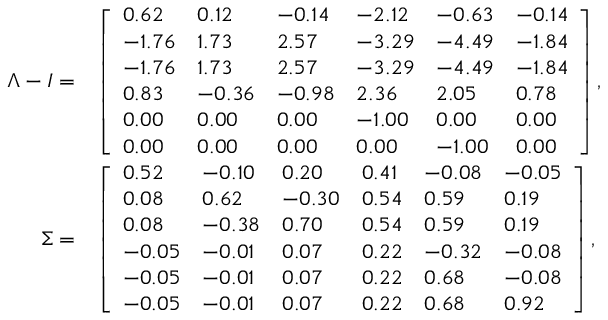
\begin{array} { r l } { \Lambda - I = } & { \left[ \begin{array} { l l l l l l } { 0 . 6 2 } & { 0 . 1 2 } & { - 0 . 1 4 } & { - 2 . 1 2 } & { - 0 . 6 3 } & { - 0 . 1 4 } \\ { - 1 . 7 6 } & { 1 . 7 3 } & { 2 . 5 7 } & { - 3 . 2 9 } & { - 4 . 4 9 } & { - 1 . 8 4 } \\ { - 1 . 7 6 } & { 1 . 7 3 } & { 2 . 5 7 } & { - 3 . 2 9 } & { - 4 . 4 9 } & { - 1 . 8 4 } \\ { 0 . 8 3 } & { - 0 . 3 6 } & { - 0 . 9 8 } & { 2 . 3 6 } & { 2 . 0 5 } & { 0 . 7 8 } \\ { 0 . 0 0 } & { 0 . 0 0 } & { 0 . 0 0 } & { - 1 . 0 0 } & { 0 . 0 0 } & { 0 . 0 0 } \\ { 0 . 0 0 } & { 0 . 0 0 } & { 0 . 0 0 } & { 0 . 0 0 } & { - 1 . 0 0 } & { 0 . 0 0 } \end{array} \right] , } \\ { \Sigma = } & { \left[ \begin{array} { l l l l l l } { 0 . 5 2 } & { - 0 . 1 0 } & { 0 . 2 0 } & { 0 . 4 1 } & { - 0 . 0 8 } & { - 0 . 0 5 } \\ { 0 . 0 8 } & { 0 . 6 2 } & { - 0 . 3 0 } & { 0 . 5 4 } & { 0 . 5 9 } & { 0 . 1 9 } \\ { 0 . 0 8 } & { - 0 . 3 8 } & { 0 . 7 0 } & { 0 . 5 4 } & { 0 . 5 9 } & { 0 . 1 9 } \\ { - 0 . 0 5 } & { - 0 . 0 1 } & { 0 . 0 7 } & { 0 . 2 2 } & { - 0 . 3 2 } & { - 0 . 0 8 } \\ { - 0 . 0 5 } & { - 0 . 0 1 } & { 0 . 0 7 } & { 0 . 2 2 } & { 0 . 6 8 } & { - 0 . 0 8 } \\ { - 0 . 0 5 } & { - 0 . 0 1 } & { 0 . 0 7 } & { 0 . 2 2 } & { 0 . 6 8 } & { 0 . 9 2 } \end{array} \right] , } \end{array}